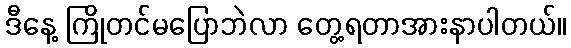
ဒီနေ့ ကြိုတင်မပြောဘဲလာ တွေ့ရတာအားနာပါတယ်။